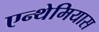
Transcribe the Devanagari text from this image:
एन्थेमियास